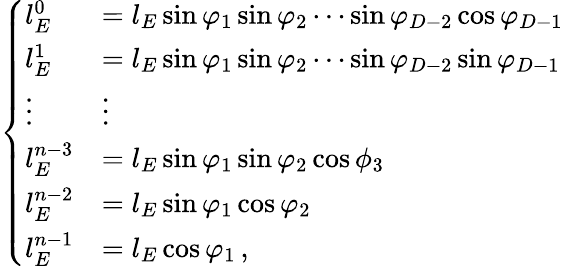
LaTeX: \left\{ \begin{array}{ll}{l_{E}^{0}}&{=l_{E}\sin\varphi_{1}\sin\varphi_{2}\cdots\sin\varphi_{D-2}\cos\varphi_{D-1}}\\ {l_{E}^{1}}&{=l_{E}\sin\varphi_{1}\sin\varphi_{2}\cdots\sin\varphi_{D-2}\sin\varphi_{D-1}}\\ {\vdots}&{\vdots}\\ {l_{E}^{n-3}}&{=l_{E}\sin\varphi_{1}\sin\varphi_{2}\cos\phi_{3}}\\ {l_{E}^{n-2}}&{=l_{E}\sin\varphi_{1}\cos\varphi_{2}}\\ {l_{E}^{n-1}}&{=l_{E}\cos\varphi_{1}\, ,}\end{array}\right.